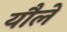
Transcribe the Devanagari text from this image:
यौलें